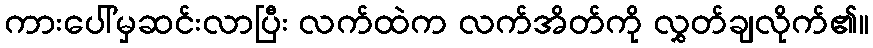
ကားပေါ်မှဆင်းလာပြီး လက်ထဲက လက်အိတ်ကို လွှတ်ချလိုက်၏။